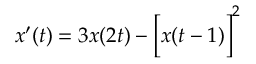
x ^ { \prime } ( t ) = 3 x ( 2 t ) - { \biggl [ } x ( t - 1 ) { \biggr ] } ^ { 2 }